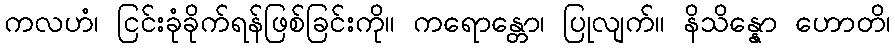
ကလဟံ၊ ငြင်းခုံခိုက်ရန်ဖြစ်ခြင်းကို။ ကရောန္တော၊ ပြုလျက်။ နိသိန္နော ဟောတိ၊